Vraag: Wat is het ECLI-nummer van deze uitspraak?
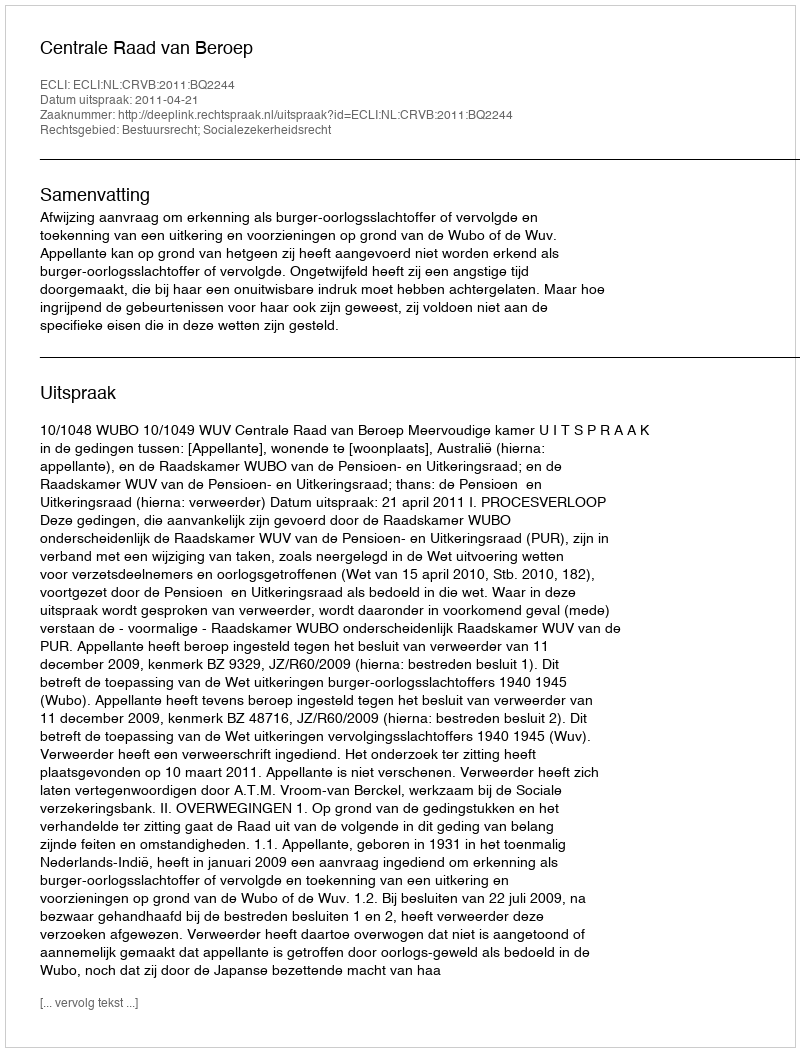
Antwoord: ECLI:NL:CRVB:2011:BQ2244